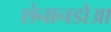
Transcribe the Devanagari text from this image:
शेनानडोआ